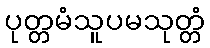
ပုတ္တမံသူပမသုတ္တံ